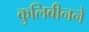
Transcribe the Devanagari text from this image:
कुलिबीनने